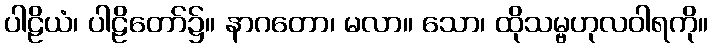
ပါဠိယံ၊ ပါဠိတော်၌။ နာဂတော၊ မလာ။ သော၊ ထိုသမ္ဗဟုလဝါရကို။